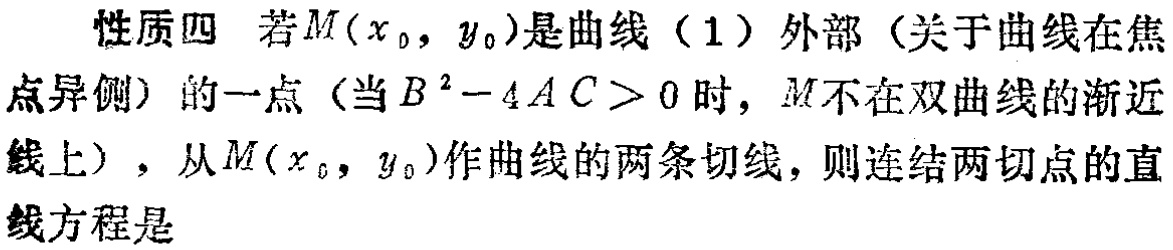
性质四 若\(M(x_{0},y_{0})\)是曲线（1）外部（关于曲线在焦点异侧）的一点（当\(B^{2}-4AC>0\)时，\(M\)不在双曲线的渐近线上），从\(M(x_{0},y_{0})\)作曲线的两条切线，则连结两切点的直线方程是